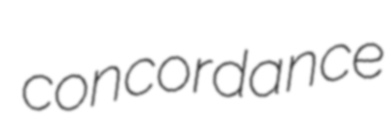
concordance